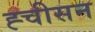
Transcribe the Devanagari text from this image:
ह्चीसन